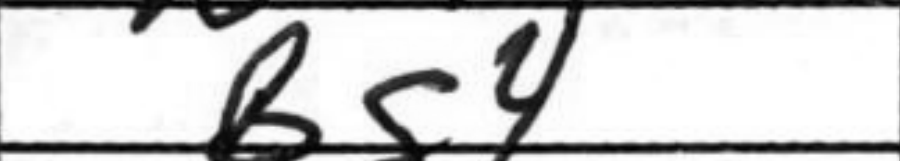
Transcription: Bg4